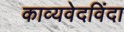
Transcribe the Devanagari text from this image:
काव्यवेदविंदा